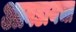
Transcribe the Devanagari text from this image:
आवडायचा